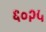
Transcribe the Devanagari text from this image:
६०२५